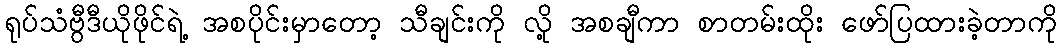
ရုပ်သံဗွီဒီယိုဖိုင်ရဲ့ အစပိုင်းမှာတော့ သီချင်းကို လို့ အစချီကာ စာတမ်းထိုး ဖော်ပြထားခဲ့တာကို